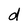
Character: d